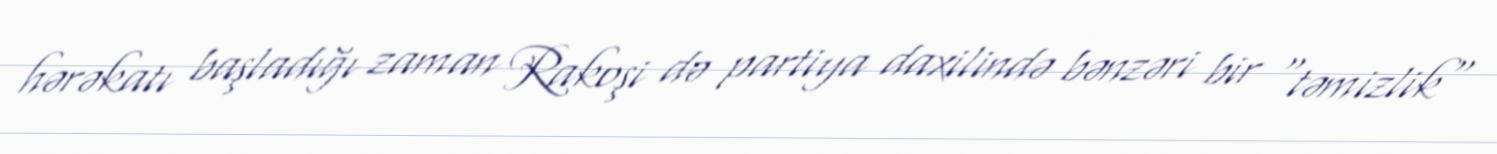
hərəkatı başladığı zaman Rakoşi də partiya daxilində bənzəri bir "təmizlik"